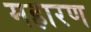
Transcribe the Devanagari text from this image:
महारण